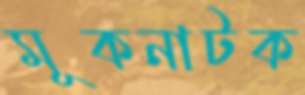
মূকনাটক